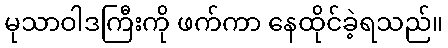
မုသာဝါဒကြီးကို ဖက်ကာ နေထိုင်ခဲ့ရသည်။